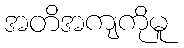
အတိအကျကိုမူ